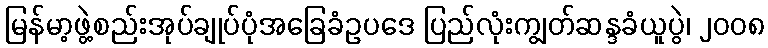
မြန်မာ့ဖွဲ့စည်းအုပ်ချုပ်ပုံအခြေခံဥပဒေ ပြည်လုံးကျွတ်ဆန္ဒခံယူပွဲ၊ ၂၀၀၈